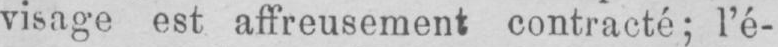
visage est affreusement contracté; l’é-